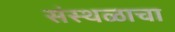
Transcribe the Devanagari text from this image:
संस्थळाचा